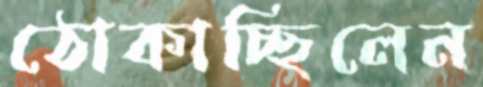
ঠোকাচ্ছিলেন